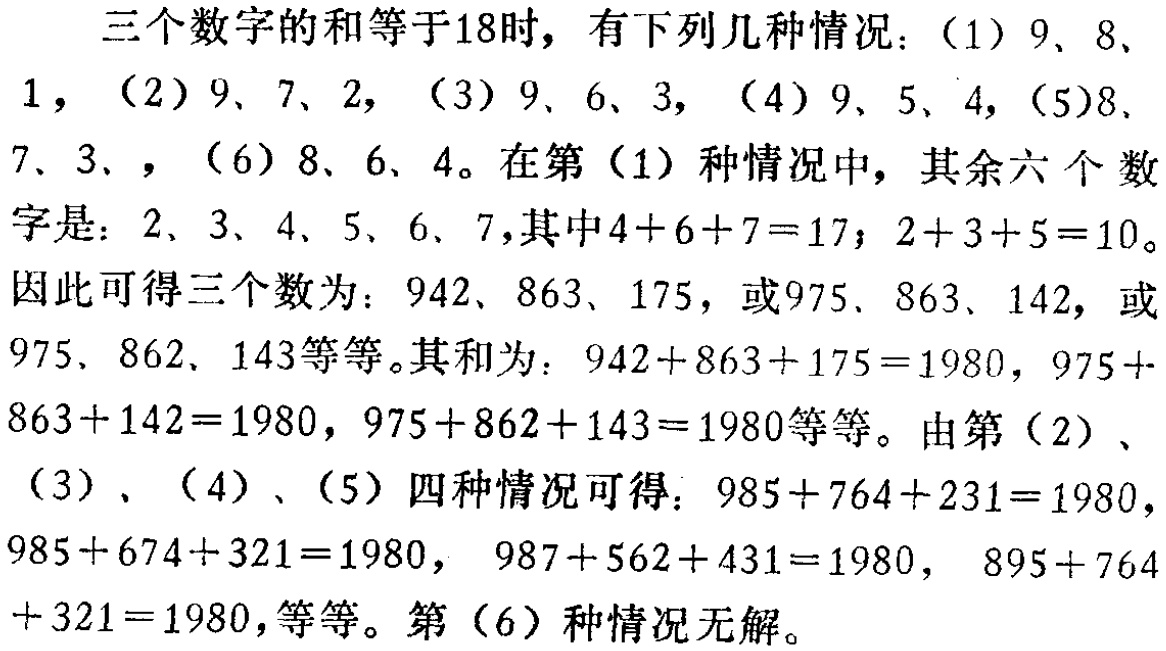
三个数字的和等于18时，有下列几种情况：（1）9、8、1，（2）9、7、2，（3）9、6、3，（4）9、5、4，（5）8、7、3，（6）8、6、4。在第（1）种情况中，其余六个数字是：2、3、4、5、6、7，其中\(4 + 6 + 7 = 17\)；\(2 + 3 + 5 = 10\)。因此可得三个数为：942、863、175，或975、863、142，或975、862、143等等。其和为：\(942 + 863 + 175 = 1980\)，\(975 + 863 + 142 = 1980\)，\(975 + 862 + 143 = 1980\)等等。由第（2）、（3）、（4）、（5）四种情况可得：\(985 + 764 + 231 = 1980\)，\(985 + 674 + 321 = 1980\)，\(987 + 562 + 431 = 1980\)，\(895 + 764 + 321 = 1980\)，等等。第（6）种情况无解。